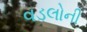
વડલોની